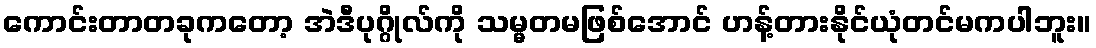
ကောင်းတာတခုကတော့ အဲဒီပုဂ္ဂိုလ်ကို သမ္မတမဖြစ်အောင် ဟန့်တားနိုင်ယုံတင်မကပါဘူး။